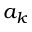
a _ { k }